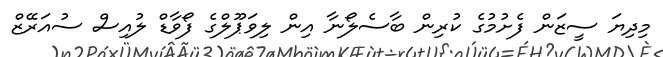
މިދިޔަ ސީޒަން ފެށުމުގެ ކުރިން ބާސެލޯނާ އިން ލިވަޕޫލްގެ ފޯވާޑް ލުއިސް ސުއަރޭޒް